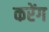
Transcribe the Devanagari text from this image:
करेंग